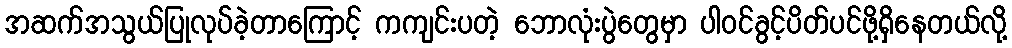
အဆက်အသွယ်ပြုလုပ်ခဲ့တာကြောင့် ကကျင်းပတဲ့ ဘောလုံးပွဲတွေမှာ ပါဝင်ခွင့်ပိတ်ပင်ဖို့ရှိနေတယ်လို့